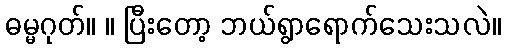
ဓမ္မဂုတ်။ ။ ပြီးတော့ ဘယ်ရွာရောက်သေးသလဲ။